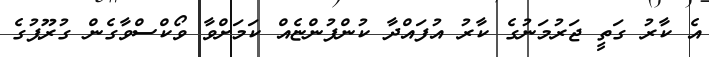
އެ ކާރު ގަތީ ޖަރުމަނުގެ ކާރު އުފައްދާ ކުންފުންޏެއް ކަމަށްވާ ވޯކްސްވާގެން ގުރޫޕުގެ